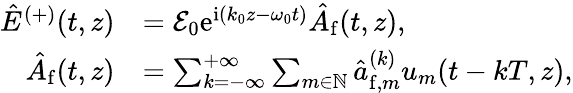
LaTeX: \begin{array}{rl}{\hat{E}^{(+)}(t,z)}&{=\mathcal{E}_{0}\mathrm{e}^{\mathrm{i}\left(k_{0}z-\omega_{0}t\right)}\hat{A}_{\mathrm{f}}(t,z),}\\ {\hat{A}_{\mathrm{f}}(t,z)}&{=\sum_{k=-\infty}^{+\infty}\sum_{m\in\mathbb{N}}\hat{a}_{\mathrm{f},m}^{(k)}u_{m}(t-kT,z),}\end{array}